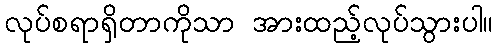
လုပ်စရာရှိတာကိုသာ အားထည့်လုပ်သွားပါ။